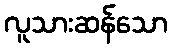
လူသားဆန်သော